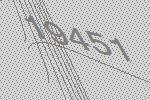
19451